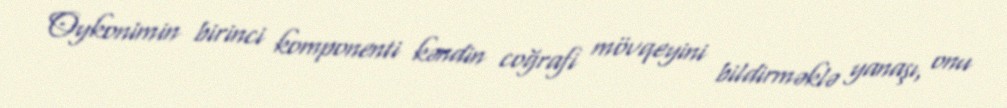
Oykonimin birinci komponenti kəndin coğrafi mövqeyini bildirməklə yanaşı, onu